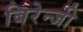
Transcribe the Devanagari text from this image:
बिरेन्जी